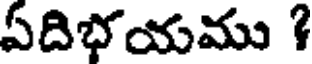
ఏదిభయము ?